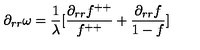
\partial _ { r r } \omega = \frac { 1 } { \lambda } [ \frac { \partial _ { r r } f ^ { + + } } { f ^ { + + } } + \frac { \partial _ { r r } f } { 1 - f } ]